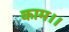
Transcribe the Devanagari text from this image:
काम।।